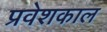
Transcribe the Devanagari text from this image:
प्रवेशकाल